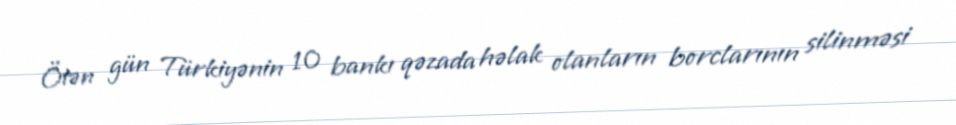
Ötən gün Türkiyənin 10 bankı qəzada həlak olanların borclarının silinməsi